Scottish Leaving Certificate Examination, 1961
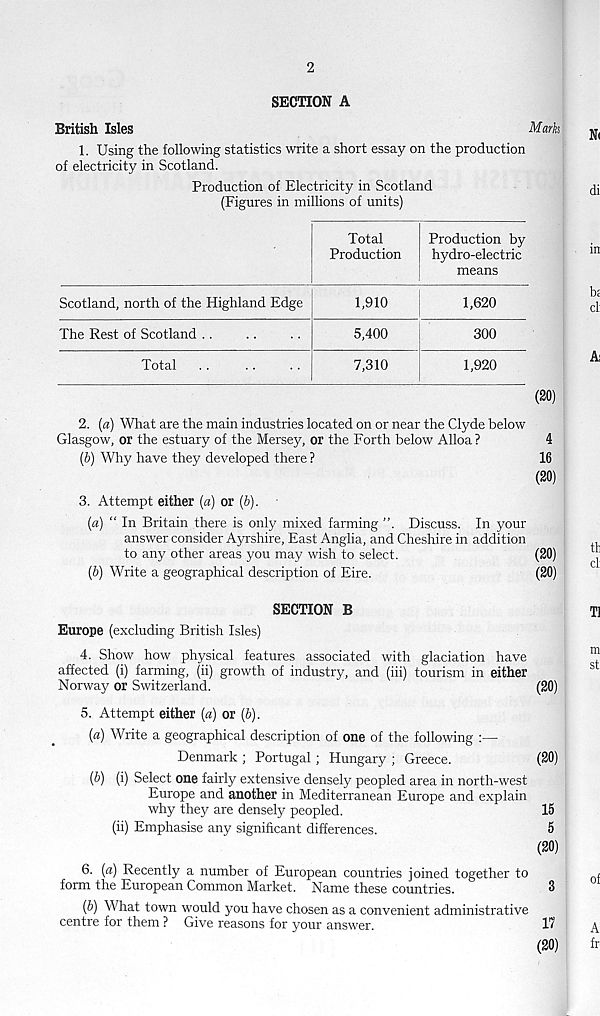
2
SECTION A
British Isles
Marks
1. Using the following statistics write a short essay on the production
of electricity in Scotland.
Production of Electricity in Scotland
(Figures in millions of units)
Total
Production
Production by
hydro-electric
means
Scotland, north of the Highland Edge
1,910
1,620
The Rest of Scotland ..
5,400
300
Total
7,310
1,920
(20)
2. (a) What are the main industries located on or near the Clyde below
Glasgow, or the estuary of the Mersey, or the Forth below Alloa?
4
(b) Why have they developed there ?
16
(20)
3. Attempt either (a) or (b).
(a) “ In Britain there is only mixed farming
Discuss. In your
answer consider Ayrshire, East Anglia, and Cheshire in addition
to any other areas you may wish to select.
(20)
(b) Write a geographical description of Eire.
(20)
SECTION B
Europe (excluding British Isles)
4. Show how physical features associated with glaciation have
affected (i) farming, (ii) growth of industry, and (iii) tourism in either
Norway or Switzerland.
(20)
5. Attempt either (a) or (b).
(a) Write a geographical description of one of the following :—
Denmark ; Portugal; Hungary ; Greece.
(20)
(b) (i) Select one fairly extensive densely peopled area in north-west
Europe and another in Mediterranean Europe and explain
why they are densely peopled.
15
(ii) Emphasise any significant differences.
5
(20)
6. (a) Recently a number of European countries joined together to
form the European Common Market. Name these countries.
5
(b) What town would you have chosen as a convenient administrative
centre for them ? Give reasons for your answer.
I 1 ?
(20)